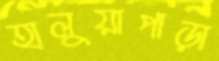
হালুয়াপাড়া